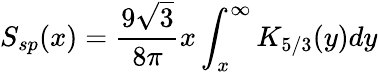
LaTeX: S_{sp}(x)=\frac{9\sqrt{3}}{8\pi}x\int_{x}^{\infty}K_{5/3}(y)dy